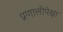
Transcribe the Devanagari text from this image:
प्रणालीपेक्षा